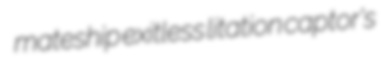
mateship exitless litation captor's